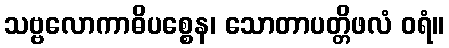
သဗ္ဗလောကာဓိပစ္စေန၊ သောတာပတ္တိဖလံ ဝရံ။